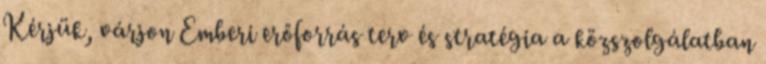
Kérjük, várjon Emberi erőforrás terv és stratégia a közszolgálatban